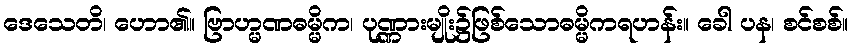
ဒေသေတိ၊ ဟော၏။ ဗြာဟ္မဏဓမ္မိက၊ ပုဏ္ဏားမျိုး၌ဖြစ်သောဓမ္မိကရဟန်း။ ခေါ ပန၊ စင်စစ်။